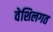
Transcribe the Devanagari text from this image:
वेशिलगत